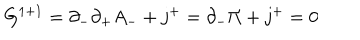
LaTeX: G ^ { 1 + 1 } = \partial _ { - } \partial _ { + } A _ { - } + j ^ { + } = \partial _ { - } \Pi + j ^ { + } = 0